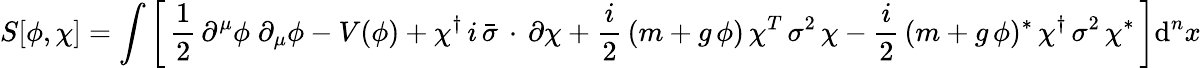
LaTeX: S[\phi,\chi]=\int\left[\, {\frac{1}{2}}\, \partial^{\mu}\phi\; \partial_{\mu}\phi-V(\phi)+\chi^{\dagger}\, i\, {\bar{\sigma}}\, \cdot\, \partial\chi+{\frac{i}{2}}\, (m+g\, \phi)\, \chi^{T}\, \sigma^{2}\, \chi-{\frac{i}{2}}\, (m+g\, \phi)^{*}\, \chi^{\dagger}\, \sigma^{2}\, \chi^{*}\, \right]\mathrm{d}^{n}x